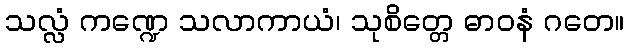
သလ္လံ ကဏ္ဍေ သလာကာယံ၊ သုစိတ္တေ ဓာဝနံ ဂတေ။